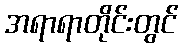
အရာရာတိုင်းတွင်